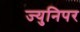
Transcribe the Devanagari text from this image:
ज्युनिपर